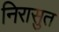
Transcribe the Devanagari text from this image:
निरासुत